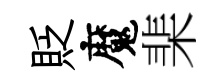
貶魔棐